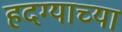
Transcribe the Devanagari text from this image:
हदग्याच्या